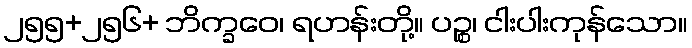
၂၅၅+၂၅၆+ ဘိက္ခဝေ၊ ရဟန်းတို့။ ပဉ္စ၊ ငါးပါးကုန်သော။